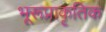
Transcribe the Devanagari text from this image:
भूरूप्राकृतिक